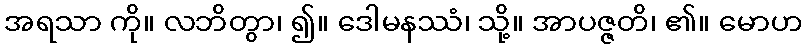
အရသာ ကို။ လဘိတွာ၊ ၍။ ဒေါမနဿံ၊ သို့။ အာပဇ္ဇတိ၊ ၏။ မောဟ